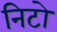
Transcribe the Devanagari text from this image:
निटो